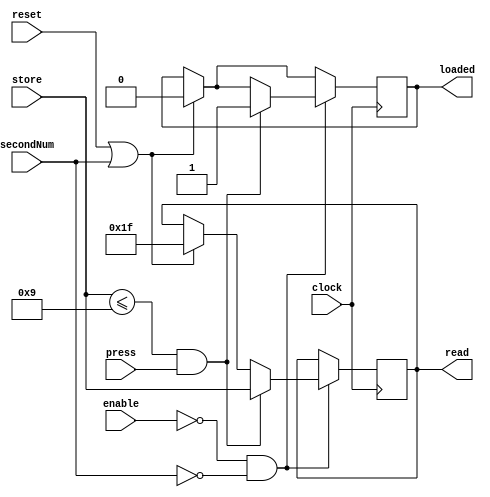
module Register5Bit_A (clock, reset, store, read, press, enable, loaded, secondNum);
	input clock, reset, enable, press, secondNum;
	input [4:0] store;
	output reg [4:0] read;
	output reg loaded;
	
	
	initial 
	begin
		loaded = 0;
		read = 5'b11111;

	end
	
	
	always @ (posedge clock)
	begin
		if (reset || secondNum)
		begin
			read <= 5'b11111;
			loaded <= 0;
		end 
		
		if(!enable && !secondNum)
		begin
			if ((store <= 5'd9) && press ) //&& shiftedFromA)// && strobe)
			begin
				read <= store;
				loaded <= 1;
			end 
		end
		else
			read <= read;
	end
	
endmodule